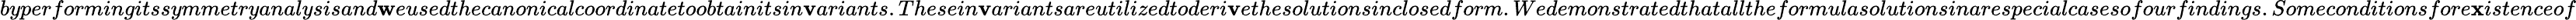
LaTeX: byperformingitssymmetryanalysisand\mathbf{w}eusedthecanonicalcoordinatetoobtainitsin\mathbf{v}ariants.Thesein\mathbf{v}ariantsareutilizedtoderi\mathbf{v}ethesolutionsinclosedform.Wedemonstratedthatalltheformulasolutionsinarespecialcasesofourfindings.Someconditionsfore\mathbf{x}istenceof